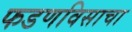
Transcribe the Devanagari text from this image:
फडणविसाचा